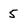
Character: 5